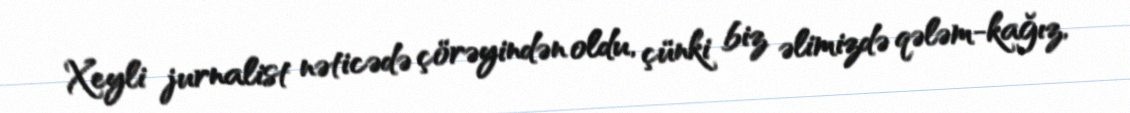
Xeyli jurnalist nəticədə çörəyindən oldu, çünki biz əlimizdə qələm-kağız,